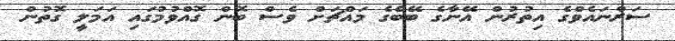
ސަރްނައެވްގެ އިތުރުން އޭނާގެ ބޭބެގެ މައްޗަށް ވެސް ބޮން ގޮއްވުމުގައި އަމަލީ ގޮތުން